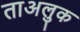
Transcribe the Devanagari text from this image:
ताअलुक